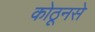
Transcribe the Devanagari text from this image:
कोठूनसे